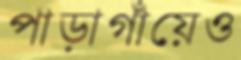
পাড়াগাঁয়েও